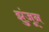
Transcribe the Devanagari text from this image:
झुंजून